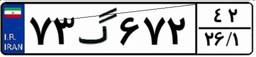
۷۳گ۶۷۲۴۲